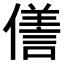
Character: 𠏜